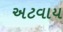
અટવાય